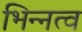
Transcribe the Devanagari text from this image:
भिन्‍नत्व